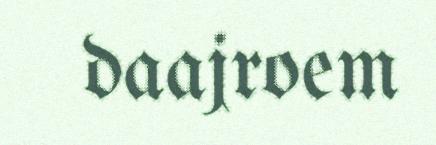
daajroem